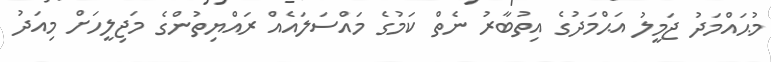
މުޙައްމަދު ޖަމީލު އަޙްމަދުގެ އިތުބާރު ނެތް ކަމުގެ މައްސަލައެއް ރައްޔިތުންގެ މަޖިލީހަށް މިއަދު